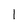
Character: 1